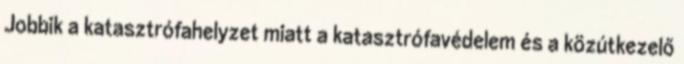
Jobbik a katasztrófahelyzet miatt a katasztrófavédelem és a közútkezelő